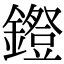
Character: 𨭕